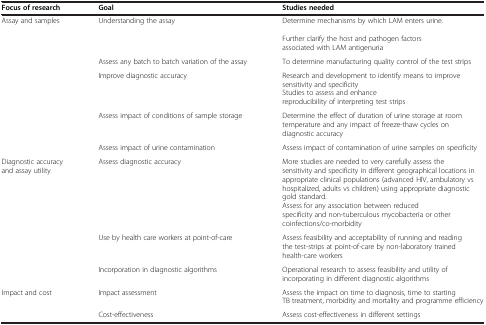
<table><thead><tr><td><b>Focus of research</b></td><td><b>Goal</b></td><td><b>Studies needed</b></td></tr></thead><tbody><tr><td>Assay and samples</td><td>Understanding the assay</td><td>Determine mechanisms by which LAM enters urine.Further clarify the host and pathogen factors associated with LAM antigenuria</td></tr><tr><td> </td><td>Assess any batch to batch variation of the assay</td><td>To determine manufacturing quality control of the test strips</td></tr><tr><td> </td><td>Improve diagnostic accuracy</td><td>Research and development to identify means to improve sensitivity and specificityStudies to assess and enhance reproducibility of interpreting test strips</td></tr><tr><td> </td><td>Assess impact of conditions of sample storage</td><td>Determine the effect of duration of urine storage at room temperature and any impact of freeze-thaw cycles on diagnostic accuracy</td></tr><tr><td> </td><td>Assess impact of urine contamination</td><td>Assess impact of contamination of urine samples on specificity</td></tr><tr><td>Diagnostic accuracy and assay utility</td><td>Assess diagnostic accuracy</td><td>More studies are needed to very carefully assess the sensitivity and specificity in different geographical locations in appropriate clinical populations (advanced HIV, ambulatory vs hospitalized, adults vs children) using appropriate diagnostic gold standard.Assess for any association between reduced specificity and non-tuberculous mycobacteria or other coinfections/co-morbidity</td></tr><tr><td> </td><td>Use by health care workers at point-of-care</td><td>Assess feasibility and acceptability of running and reading the test-strips at point-of-care by non-laboratory trained health-care workers</td></tr><tr><td> </td><td>Incorporation in diagnostic algorithms</td><td>Operational research to assess feasibility and utility of incorporating in different diagnostic algorithms</td></tr><tr><td>Impact and cost</td><td>Impact assessment</td><td>Assess the impact on time to diagnosis, time to starting TB treatment, morbidity and mortality and programme efficiency</td></tr><tr><td> </td><td>Cost-effectiveness</td><td>Assess cost-effectiveness in different settings</td></tr></tbody></table>